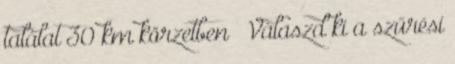
találat 30 km körzetben × Válaszd ki a szűrési